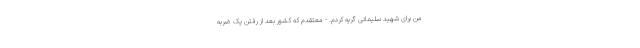
من برای شهید سلیمانی گریه کردم. - معتقدم که کشور بعد از رفتن یک ضربه